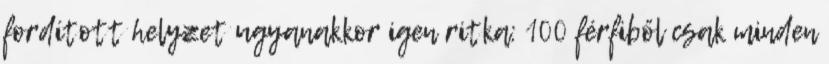
fordított helyzet ugyanakkor igen ritka: 100 férfiből csak minden